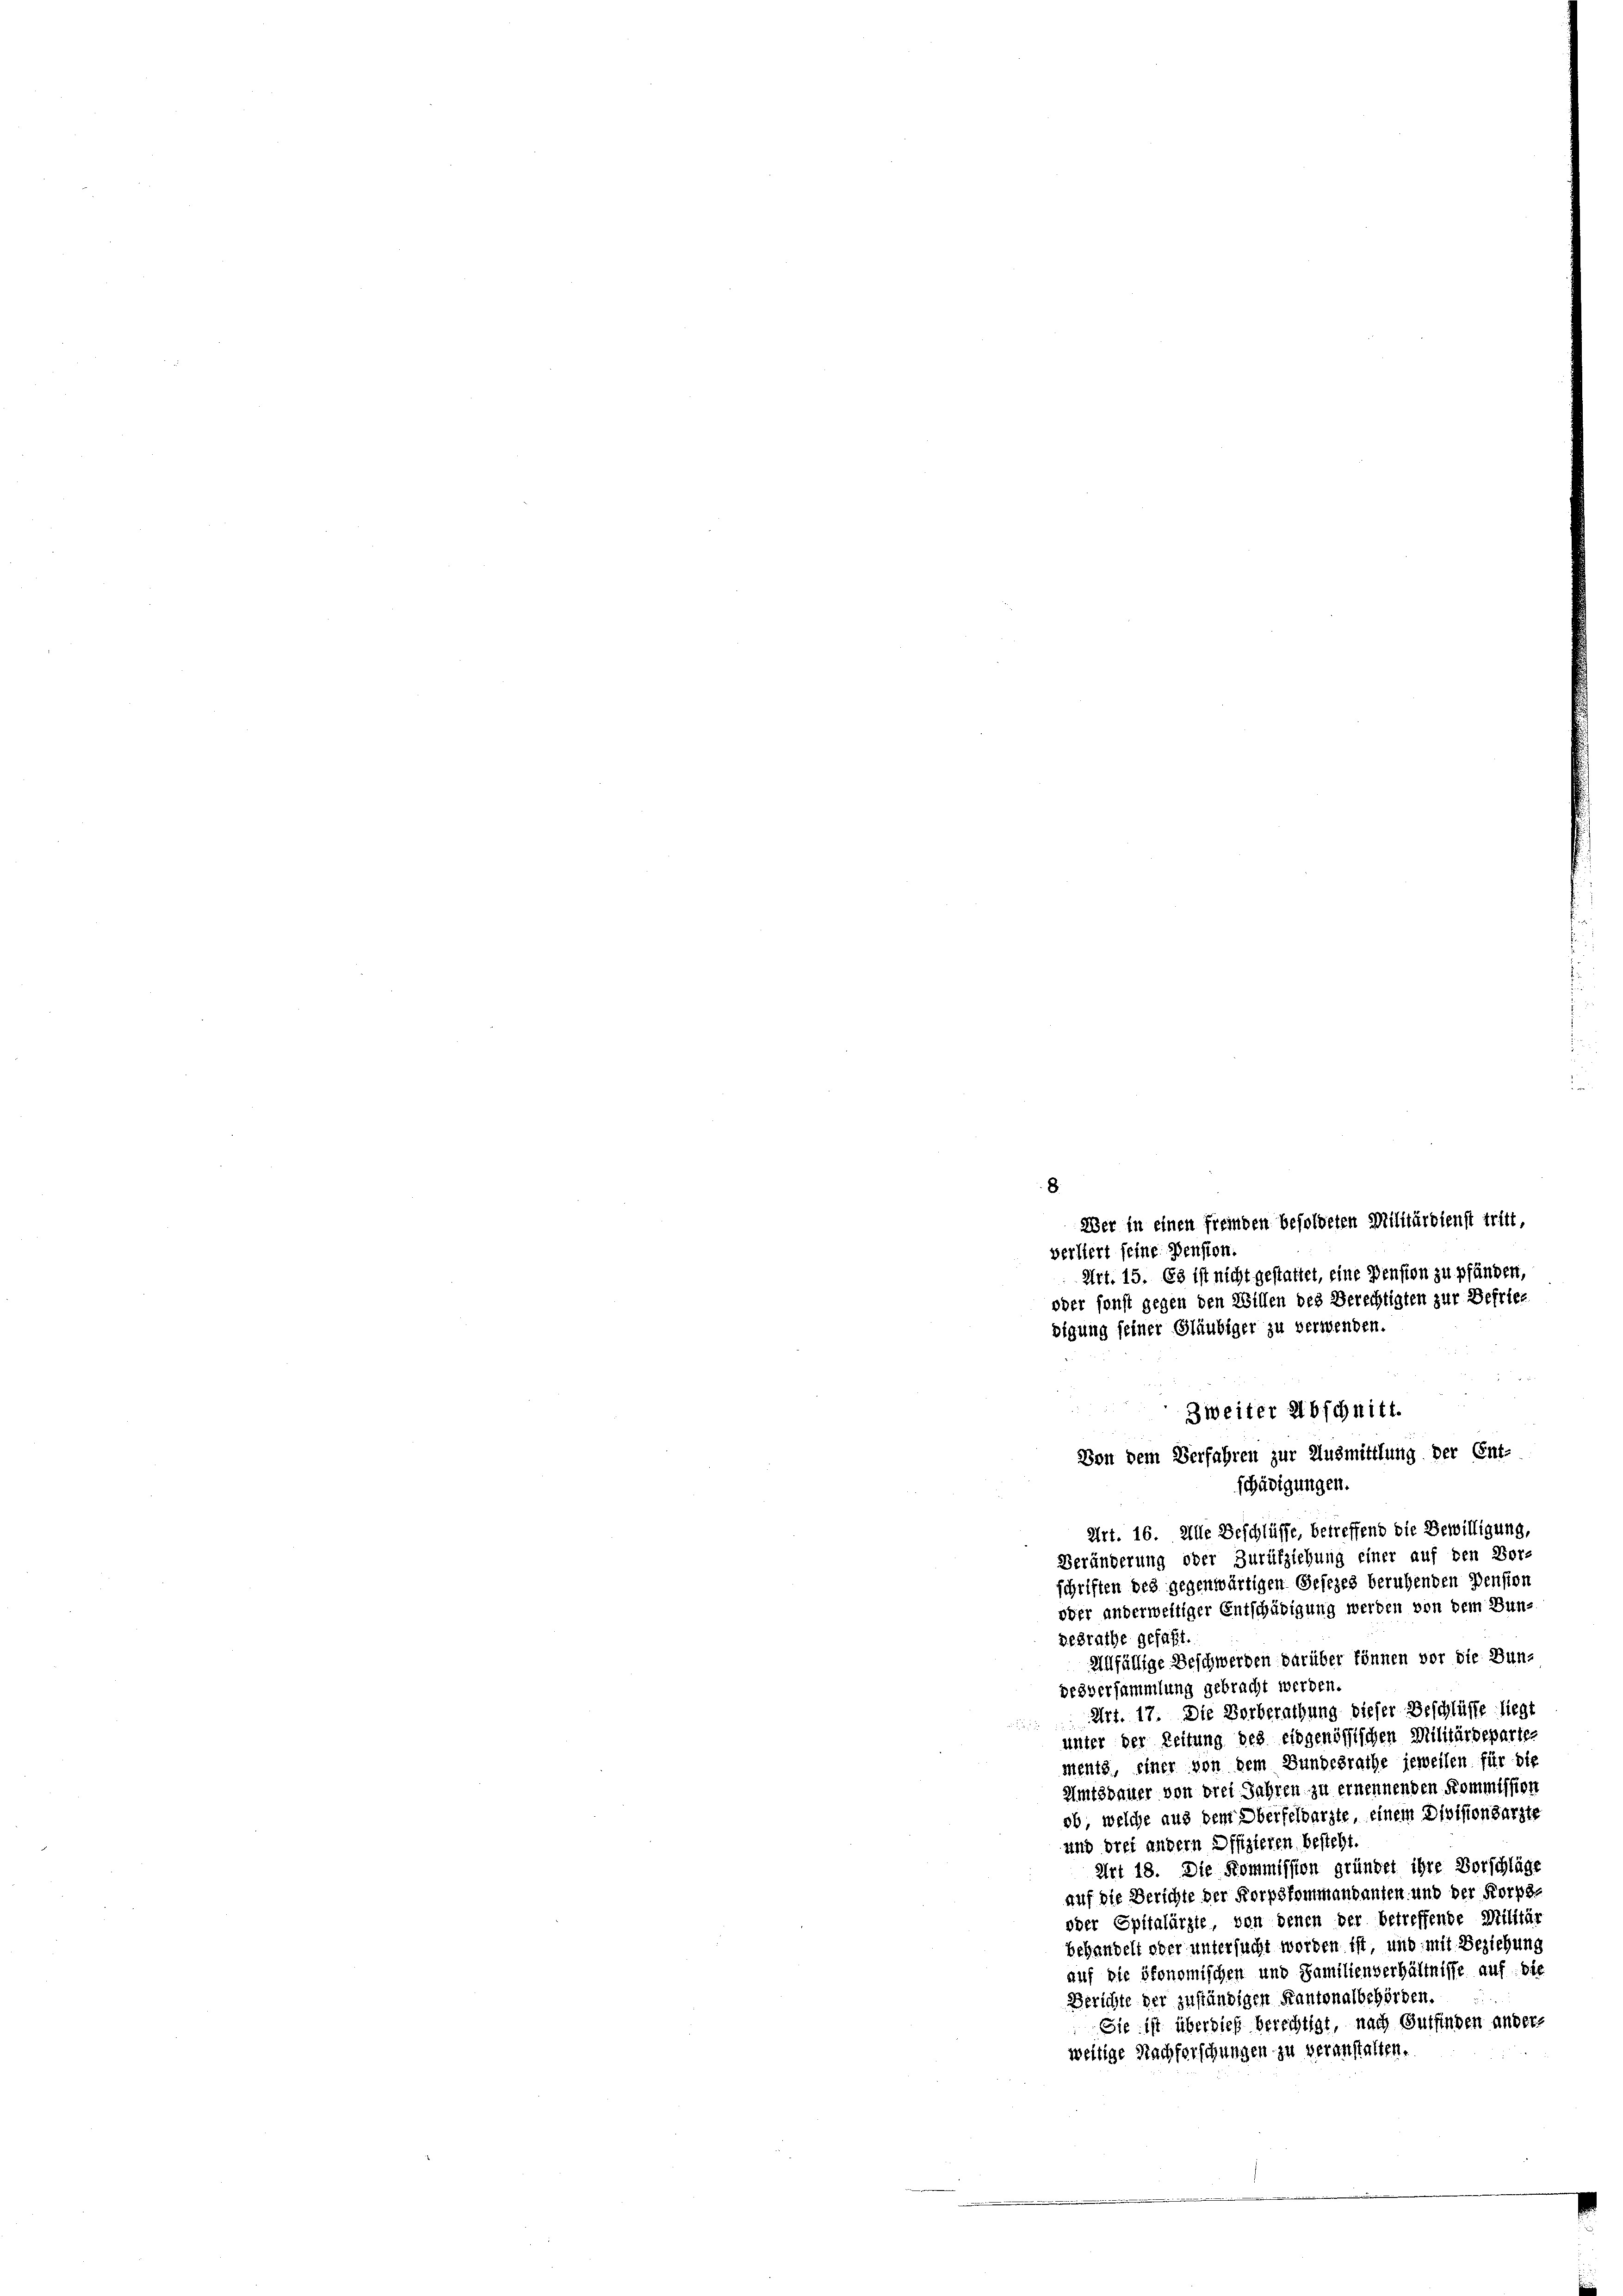
8
Wer in einen fremden besoldeten Militärdienst tritt,
verliert seine Pension.
Art. 15. Es ist nicht gestattet, eine Pension zu pfänden,
oder sonst gegen den Willen des Berechtigten zur Befriebigung seiner Gläubiger zu verwenden.
Zweiter Abschnitt.
Von dem Verfahren zur Ausmittlung der Ent-
Art. 16. Alle Beschlüsse, betreffend die Bewilligung,
Veränderung oder Zurückziehung einer auf den Vor-
schriften des gegenwärtigen Gesezes beruhenden Pension
oder anderweitiger Entschädigung werden von dem Bungegrathe gefaßt.
Allfällige Beschwerden darüber können vor die Dundesversammlung gebracht werden.
 Art. 17. Die Vorberathung dieser Beschlüsse liegt
unter der Leitung des eidgenössischen Militärdeparten
ments, einer von dem Bundesrathe jeweilen für die
Amtsdauer von drei Jahren zu ernennenden Kommission
ob, welche aus dem Oberfeldarzte, einem Divisionsarzte
und drei andern Offizieren besteht.
Art 18. Die Kommission gründet ihre Vorschläge
auf die Berichte der Korpskommandanten und der Korps
oder Spitalärzte, von denen der betreffende Militär
behandelt oder untersucht worden ist, und mit Beziehung
auf die ökonomischen und Familienverhältnisse auf die
Berichte der zuständigen Kantonalbehörden.
Sie ist überdieß berechtigt, nach Gutfinden andere
weitige Nachforschungen zu veranstalten.

schädigungen.